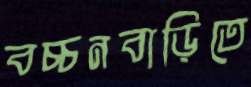
বচ্চনবাড়িতে